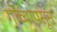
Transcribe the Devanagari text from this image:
गोव्यापसून